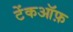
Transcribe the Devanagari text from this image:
टेंकऑफ़